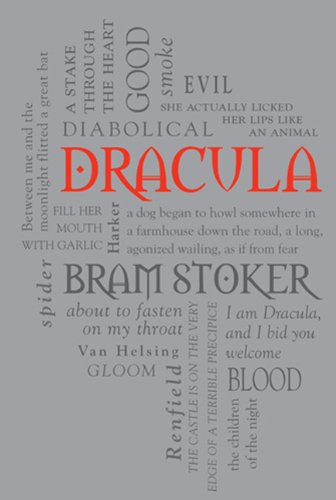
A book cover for Dracula; Bram Stoker; Science Fiction & Fantasy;